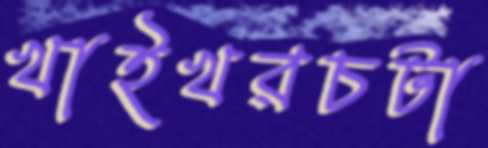
খাইখরচটা